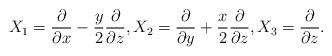
LaTeX: \begin{align*}X_1=\frac{\partial}{\partial x}-\frac{y}{2}\frac{\partial}{\partial z}, X_2=\frac{\partial}{\partial y}+\frac{x}{2}\frac{\partial}{\partial z}, X_3=\frac{\partial}{\partial z}.\end{align*}